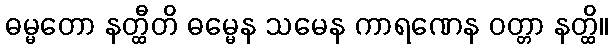
ဓမ္မတော နတ္ထီတိ ဓမ္မေန သမေန ကာရဏေန ဝတ္တာ နတ္ထိ။